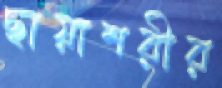
ছায়াশরীর